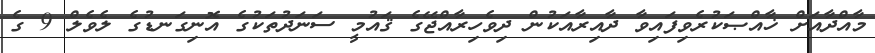
މާއްދާއަށް ޚާއްޞަކުރެވިފައިވާ ދާއިރާއަކުން ދިވެހިރާއްޖޭގެ ޤައުމީ ސަނަދުތަކުގެ އޮނިގަނޑުގެ ލެވެލް 9 ގެ